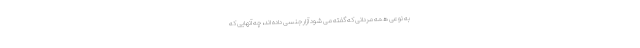
به نوعی همه مردانی که گفته می شود آزار جنسی داده اند، چه آنهایی که